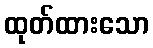
ထုတ်ထားသော